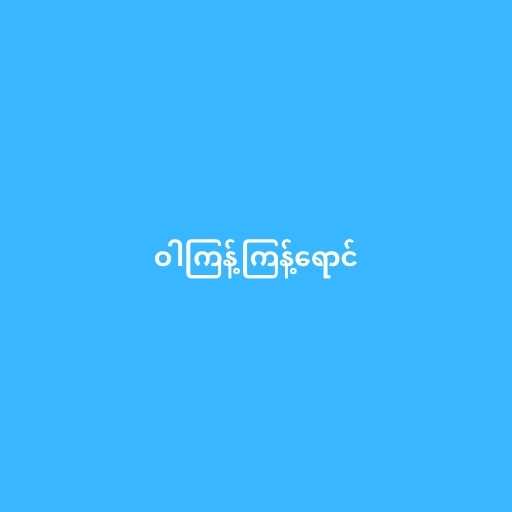
ဝါကြန့်ကြန့်ရောင်